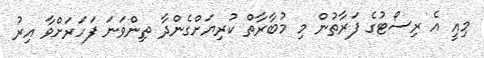
މިއީ އެ ރިސޯޓުގެ ފަރާތުން މި މުބާރާތް ކުރިޔަށްގެންދާ ތިންވަނަ ފަހަރަށްވާ އިރު